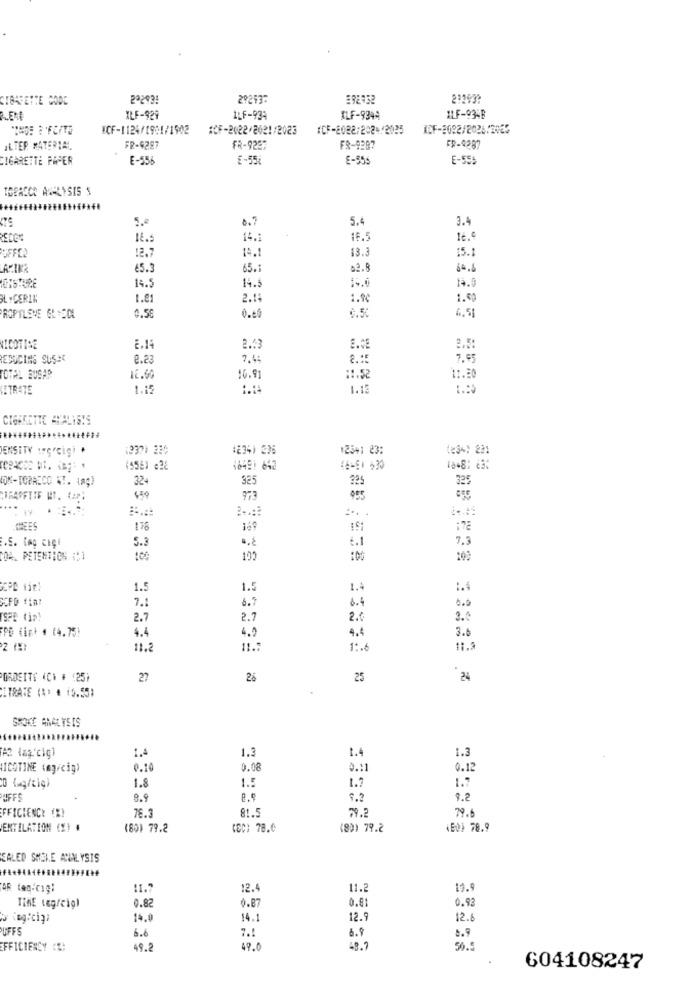
CIGARETTE CODE
2º2931
292537
2:293?
KLF-929
ILF-934
ILF-9344
1LF-9348
ICF-1124/1931/1502
#CF-2022/2021/2023 (CF-2082/2024/2023
ICF-3092/2026/2025
ILTER MATERIAL
FR-9287
FR-9237
FR-9287
FR-4287
CIGARETTE PAPER
E-556
E-554
E-555
E-555
TOBACCO AGALYSIS S
5.4
0.7
5.4
3.4
14.
16 €
13.
15.1
OFFER
€5.3
65 .:
14.
14.5
14.0
MOISTURE
L . CERIN
1.81
2.1
1.%
1.5
PROPYLENE GLYCOL
0.56
0.05
6.51
NICOTINE
2.53
3.5:
REDUCING SUSAC
0.23
7.4:
7.95
TOTAL BUGAR
16.91
11.52
11.20
NITRATE
1.1
1.15
1.00
CIGARETTE ANALISYS
ENSITY 1erig) .
(237) 230
(234) 235
+25+: 23:
tes%) 221
16481 642
46-51 +30
ION-TORRICO !. LAÇ)
324
325
325
325
973
178
169
172
5.3
6.1
7.3
.S. tag CiÇI
CDA PETENTION (1
100
:00
1.5
1.5
1.4
1.4
7.1
6.7
6.4
5.0
TSPB (ip!
2.7
2.7
2.6
3.0
PD (int . (4.75!
4.4
4.4
3.6
4.0
11.
1 :.
POROSITY (C) * (25)
27
26
25
24
ITRATE (#) # 15.55)
SMOKE ANALYSIS
....
1.4
1.3
1.4
1.3
NICOTINE (mg/cig)
0.10
0.08
0.11
0.1
1.8
1.5
1.7
1.7
UFF
8.9
9.2
FFICIENCY (%)
76.3
81.5
79.2
79.6
ENTILATION (X) #
(80) 79.2
(EX: 78.0
(8)) 79.2
(ED) 78.9
EALED SHSIE ANALYSIS
11.7
12.
11.2
19.
0.81
0.9
0.82
0.87
y ingicin'
14.0
14.1
12.5
12.
UFFS
6.6
8.9
7.1
6.9
EFFICIENCY CE:
49.2
49,0
48.7
50.5
604108247